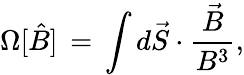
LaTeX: \Omega[{\hat{B}}]\, =\, \int d{\vec{S}}\cdot\frac{{\vec{B}}}{B^{3}},